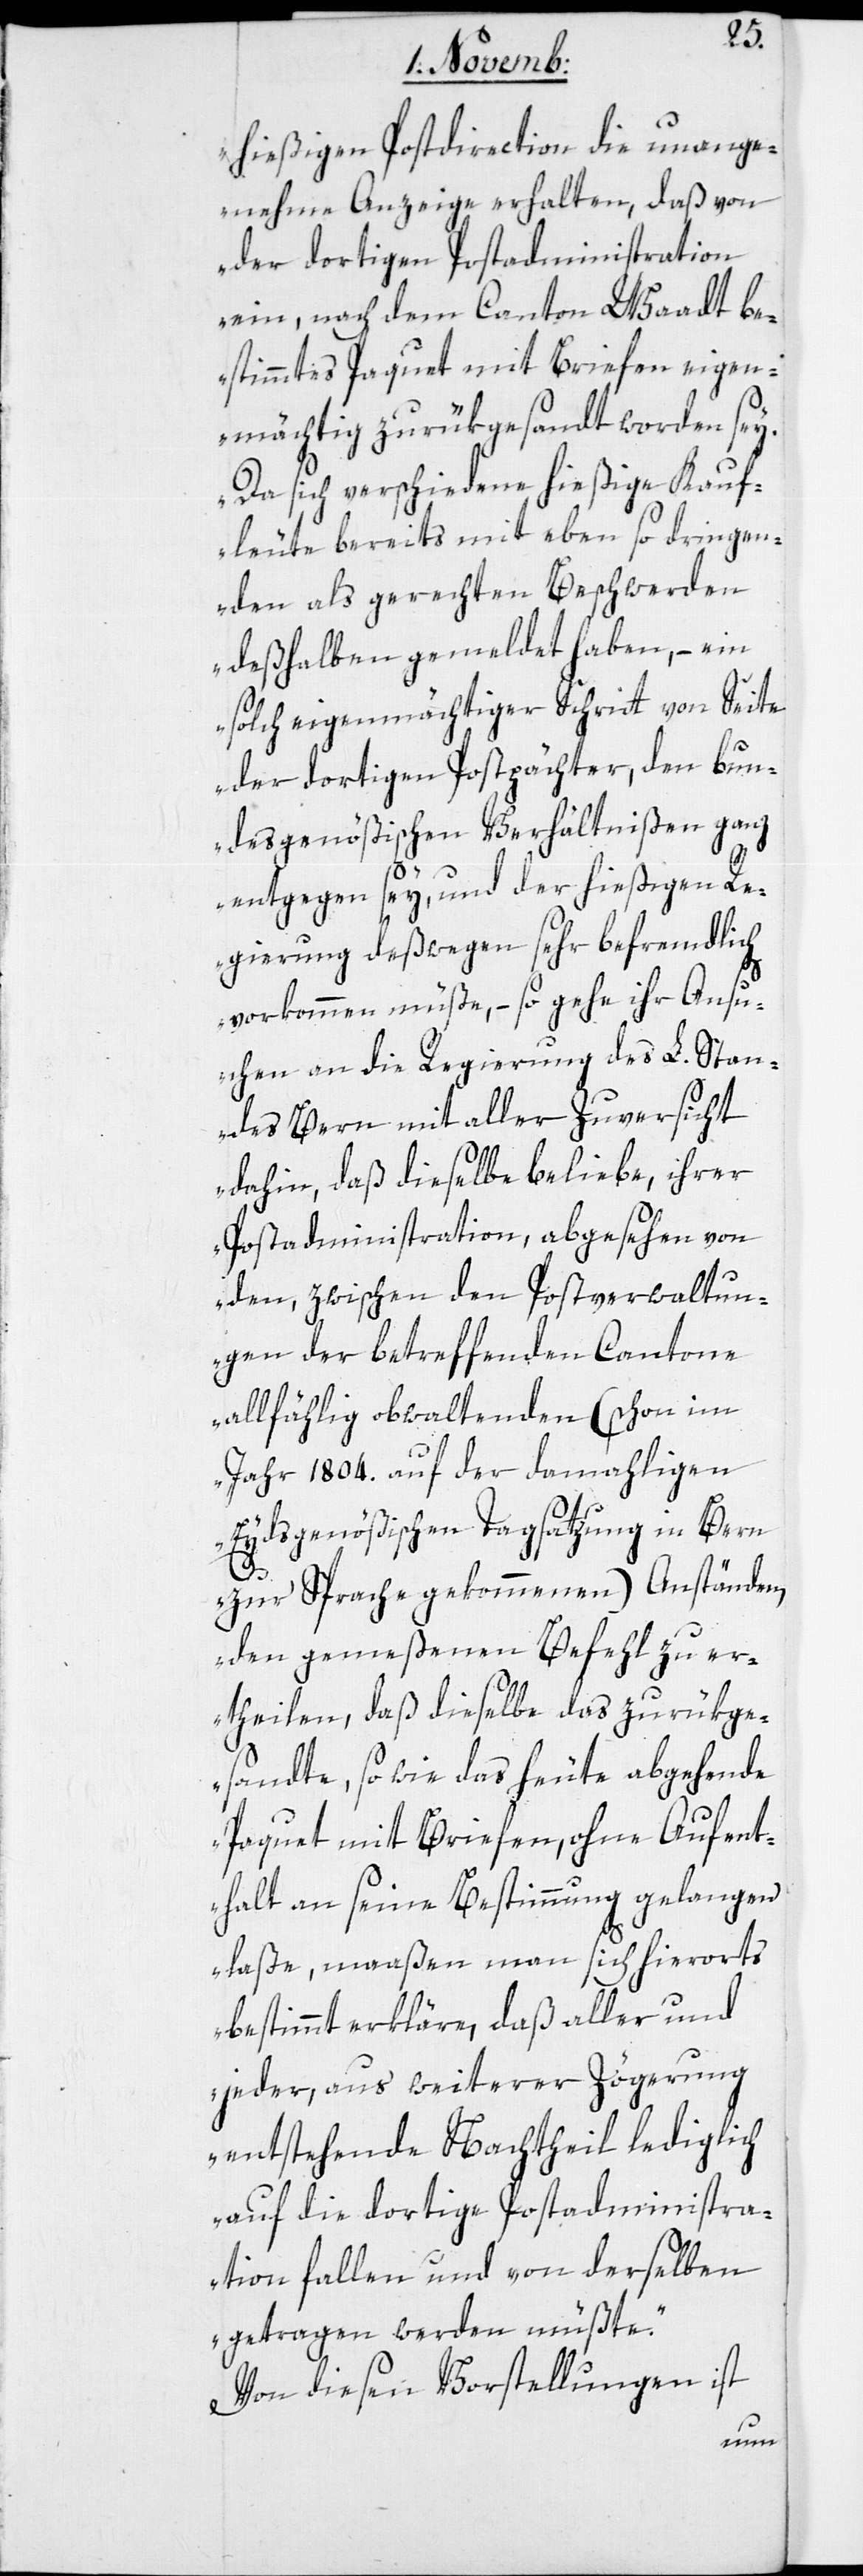
hießigen Postdirection die unange¬
nehme Anzeige erhalten, daß von
der dortigen Postadministration
ein, nach dem Canton Waadt be¬
stimmtes Paquet mit Briefen eigen¬
mächtig zurükgesandt worden sey.
Da sich verschiedene hießige Kauf¬
leute bereits mit eben so dringen¬
den als gerechten Beschwerden
deßhalben gemeldet haben, – ein
solch eigenmächtiger Schritt von Seite
der dortigen Postpächter, den bun¬
desgenößischen Verhältnißen ganz
entgegen sey und der hießigen Re¬
gierung deßwegen sehr befremdlich
vorkommen müße, – so gehe ihr Ansu¬
chen an die Regierung des L. Stan¬
des Bern mit aller Zuversicht
dahin, daß dieselbe beliebe, ihrer
Postadministration, abgesehen von
den, zwischen den Postverwaltun¬
gen der betreffenden Cantone
allfählig obwaltenden (schon im
Jahr 1804. auf der damahligen
Eydsgenößischen Tagsatzung in Bern
zur Sprache gekommenen) Anständen,
den gemeßenen Befehl zu er¬
theilen, daß dieselbe das zurükge¬
sandte, sowie das heute abgehende
Paquet mit Briefen, ohne Aufent¬
halt an seine Bestimmung gelangen
laße, maaßen man sich hierorts
bestimmt erkläre, daß aller und
jeder, aus weiterer Zögerung
entstehende Nachtheil lediglich
auf die dortige Postadministra¬
tion fallen und von derselben
getragen werden müßte.“
Von diesen Vorstellungen ist